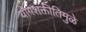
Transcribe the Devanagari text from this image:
योगशक्तीतिमुळे